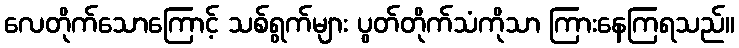
လေတိုက်သောကြောင့် သစ်ရွက်များ ပွတ်တိုက်သံကိုသာ ကြားနေကြရသည်။